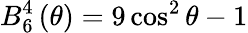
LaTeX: B_{6}^{4}\left(\theta\right)=9\cos^{2}\theta-1